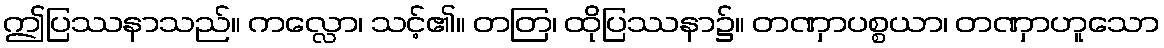
ဤပြဿနာသည်။ ကလ္လော၊ သင့်၏။ တတြ၊ ထိုပြဿနာ၌။ တဏှာပစ္စယာ၊ တဏှာဟူသော